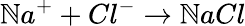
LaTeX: \mathbb{N}a^{+}+Cl^{-}\rightarrow\mathbb{N}aCl